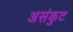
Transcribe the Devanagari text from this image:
असंकुट